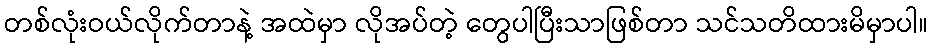
တစ်လုံးဝယ်လိုက်တာနဲ့ အထဲမှာ လိုအပ်တဲ့ တွေပါပြီးသာဖြစ်တာ သင်သတိထားမိမှာပါ။